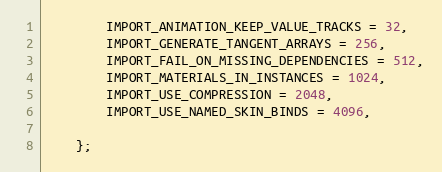
Language: C
		IMPORT_ANIMATION_KEEP_VALUE_TRACKS = 32,
		IMPORT_GENERATE_TANGENT_ARRAYS = 256,
		IMPORT_FAIL_ON_MISSING_DEPENDENCIES = 512,
		IMPORT_MATERIALS_IN_INSTANCES = 1024,
		IMPORT_USE_COMPRESSION = 2048,
		IMPORT_USE_NAMED_SKIN_BINDS = 4096,

	};